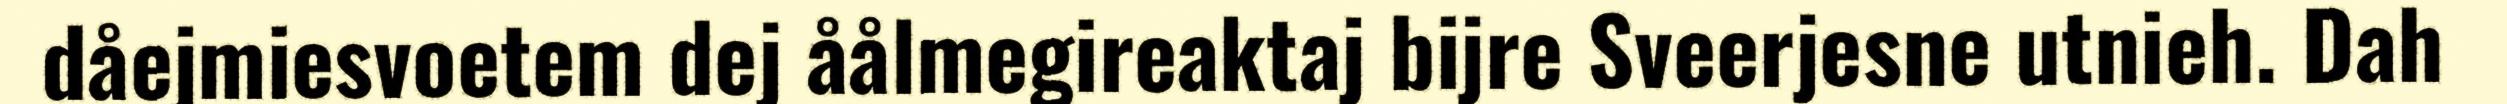
dåejmiesvoetem dej åålmegireaktaj bijre Sveerjesne utnieh. Dah